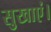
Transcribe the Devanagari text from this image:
सुखाएं।